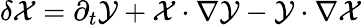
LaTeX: \delta\mathcal{X}=\partial_{t}\mathcal{Y}+\mathcal{X}\cdot\nabla\mathcal{Y}-\mathcal{Y}\cdot\nabla\mathcal{X}